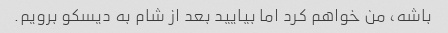
باشه، من خواهم کرد اما بیایید بعد از شام به دیسکو برویم.